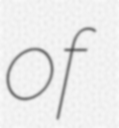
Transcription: of